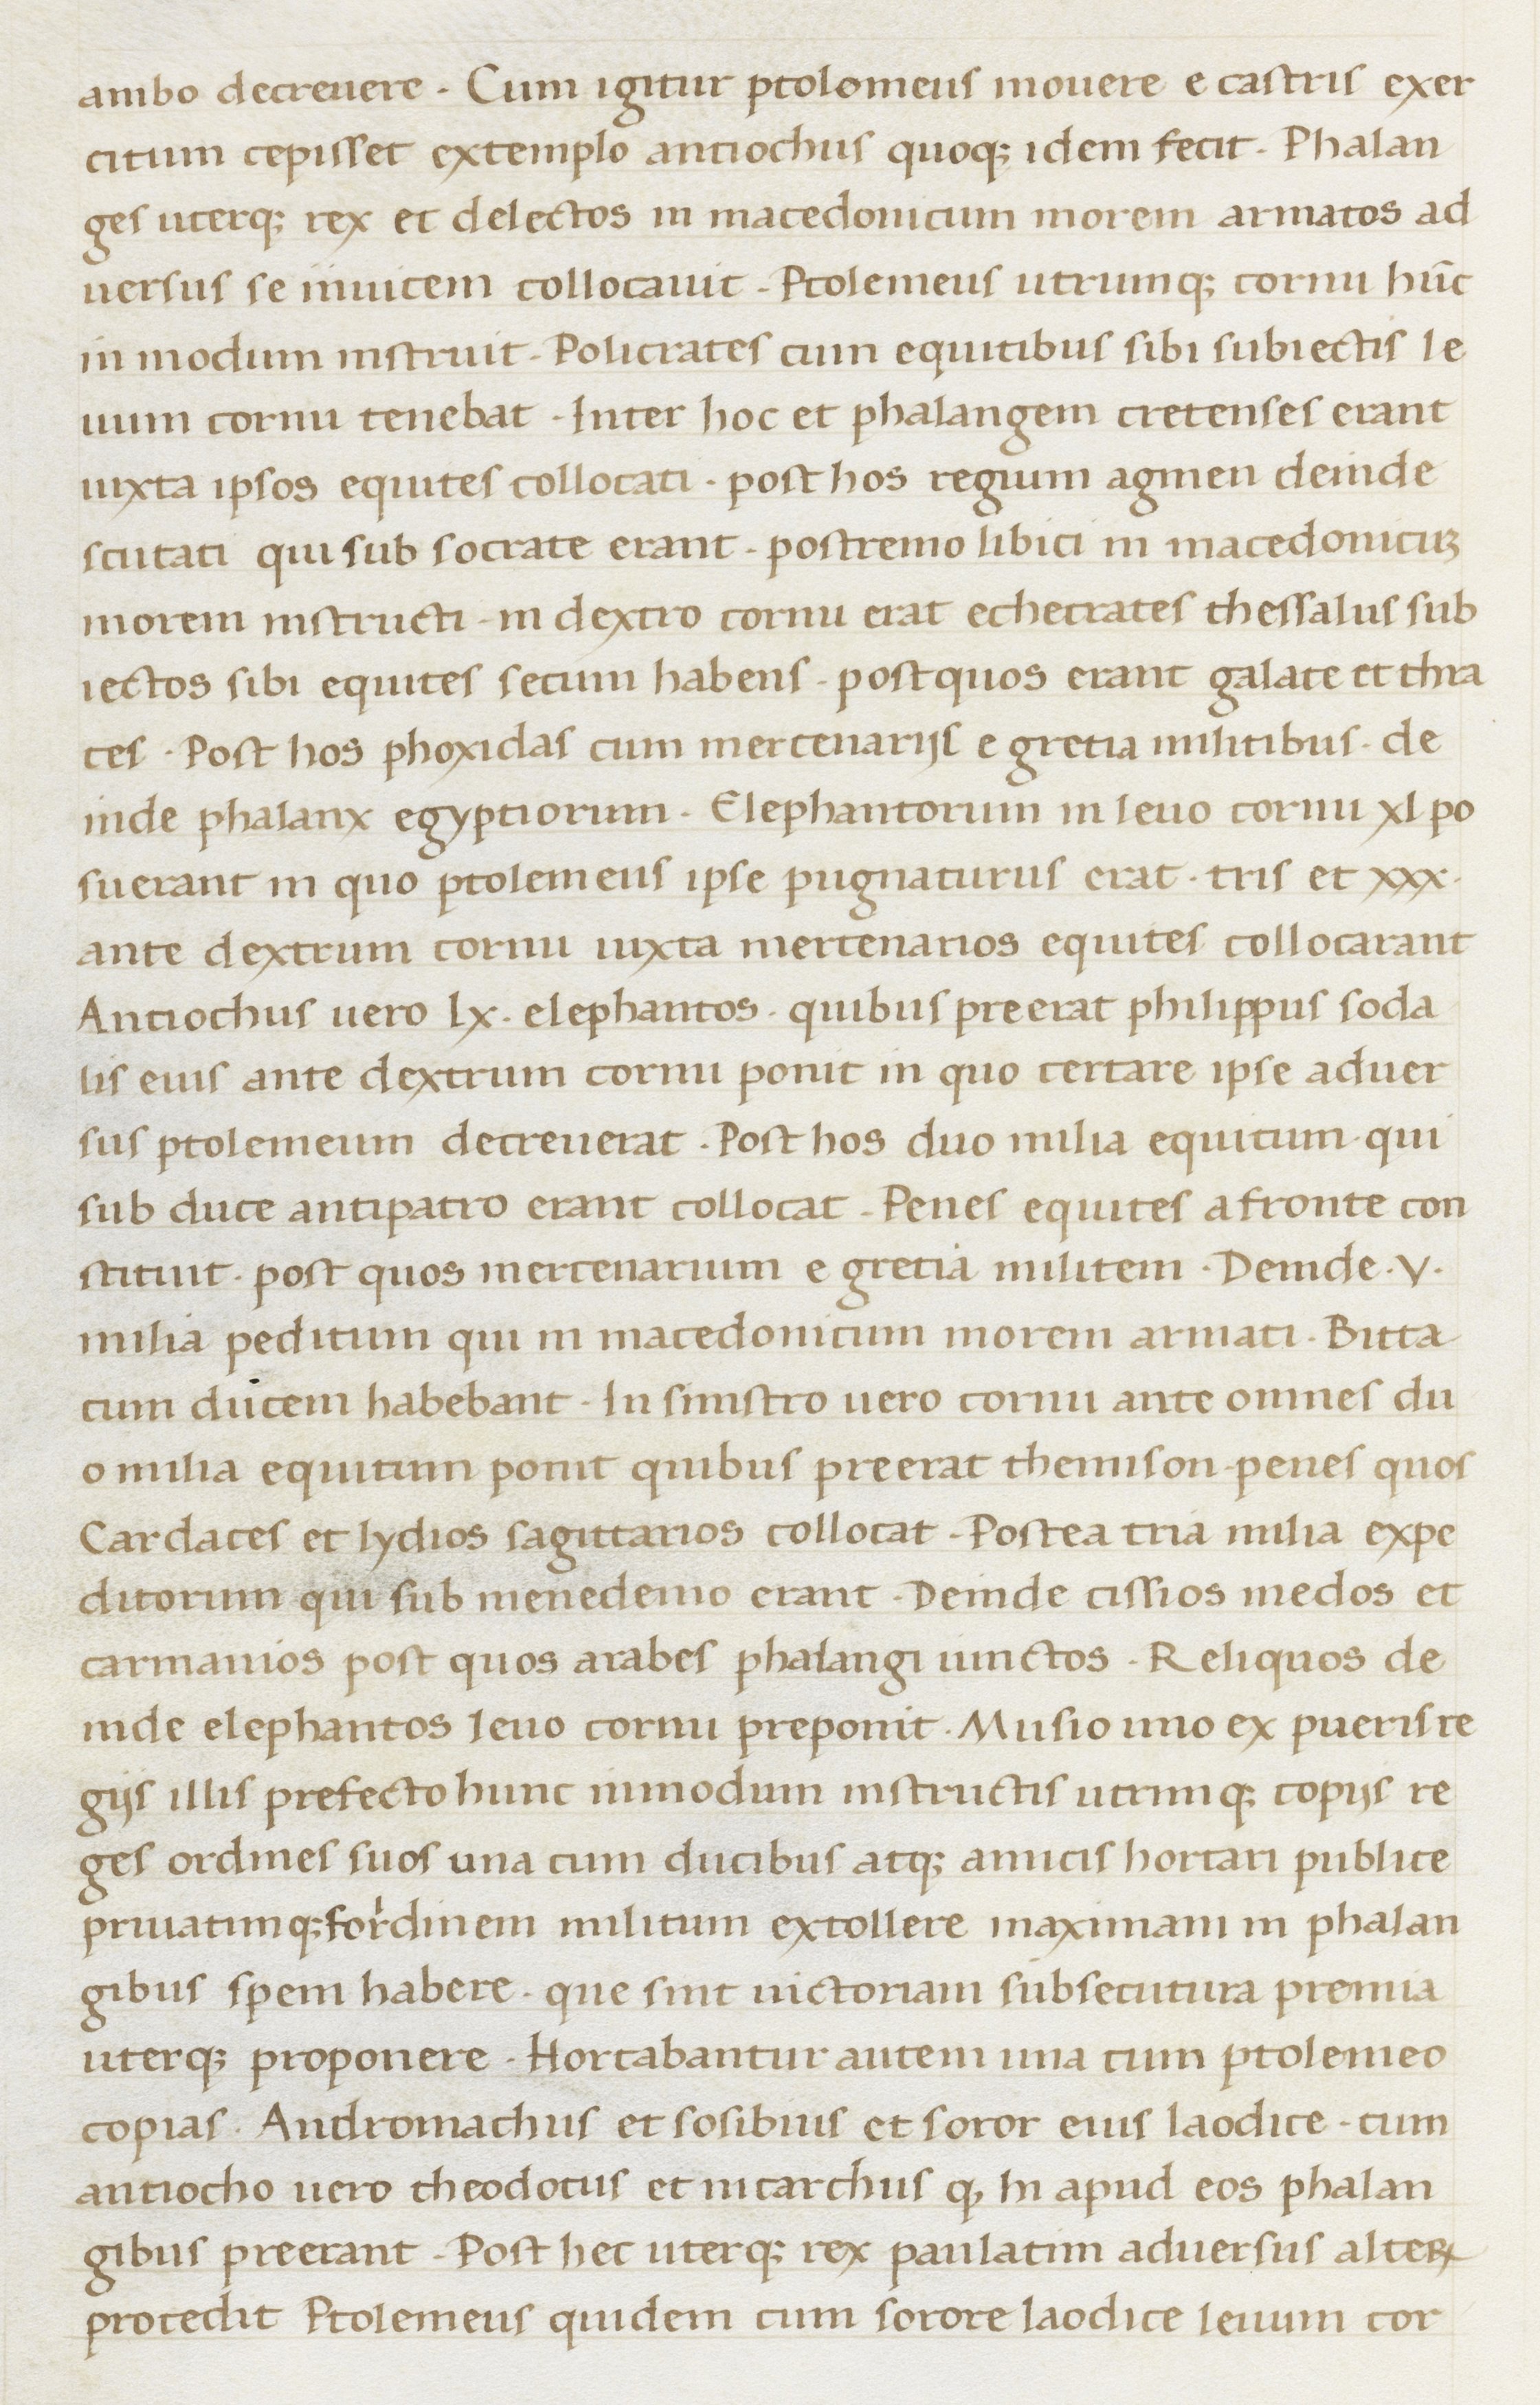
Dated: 1400–1499